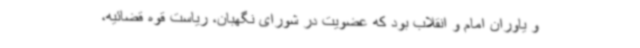
و یاوران امام و انقلاب بود که عضویت در شورای نگهبان، ریاست قوه قضائیه،